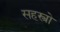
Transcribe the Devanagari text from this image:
सहस्त्रो